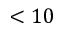
< 1 0